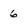
Character: 6